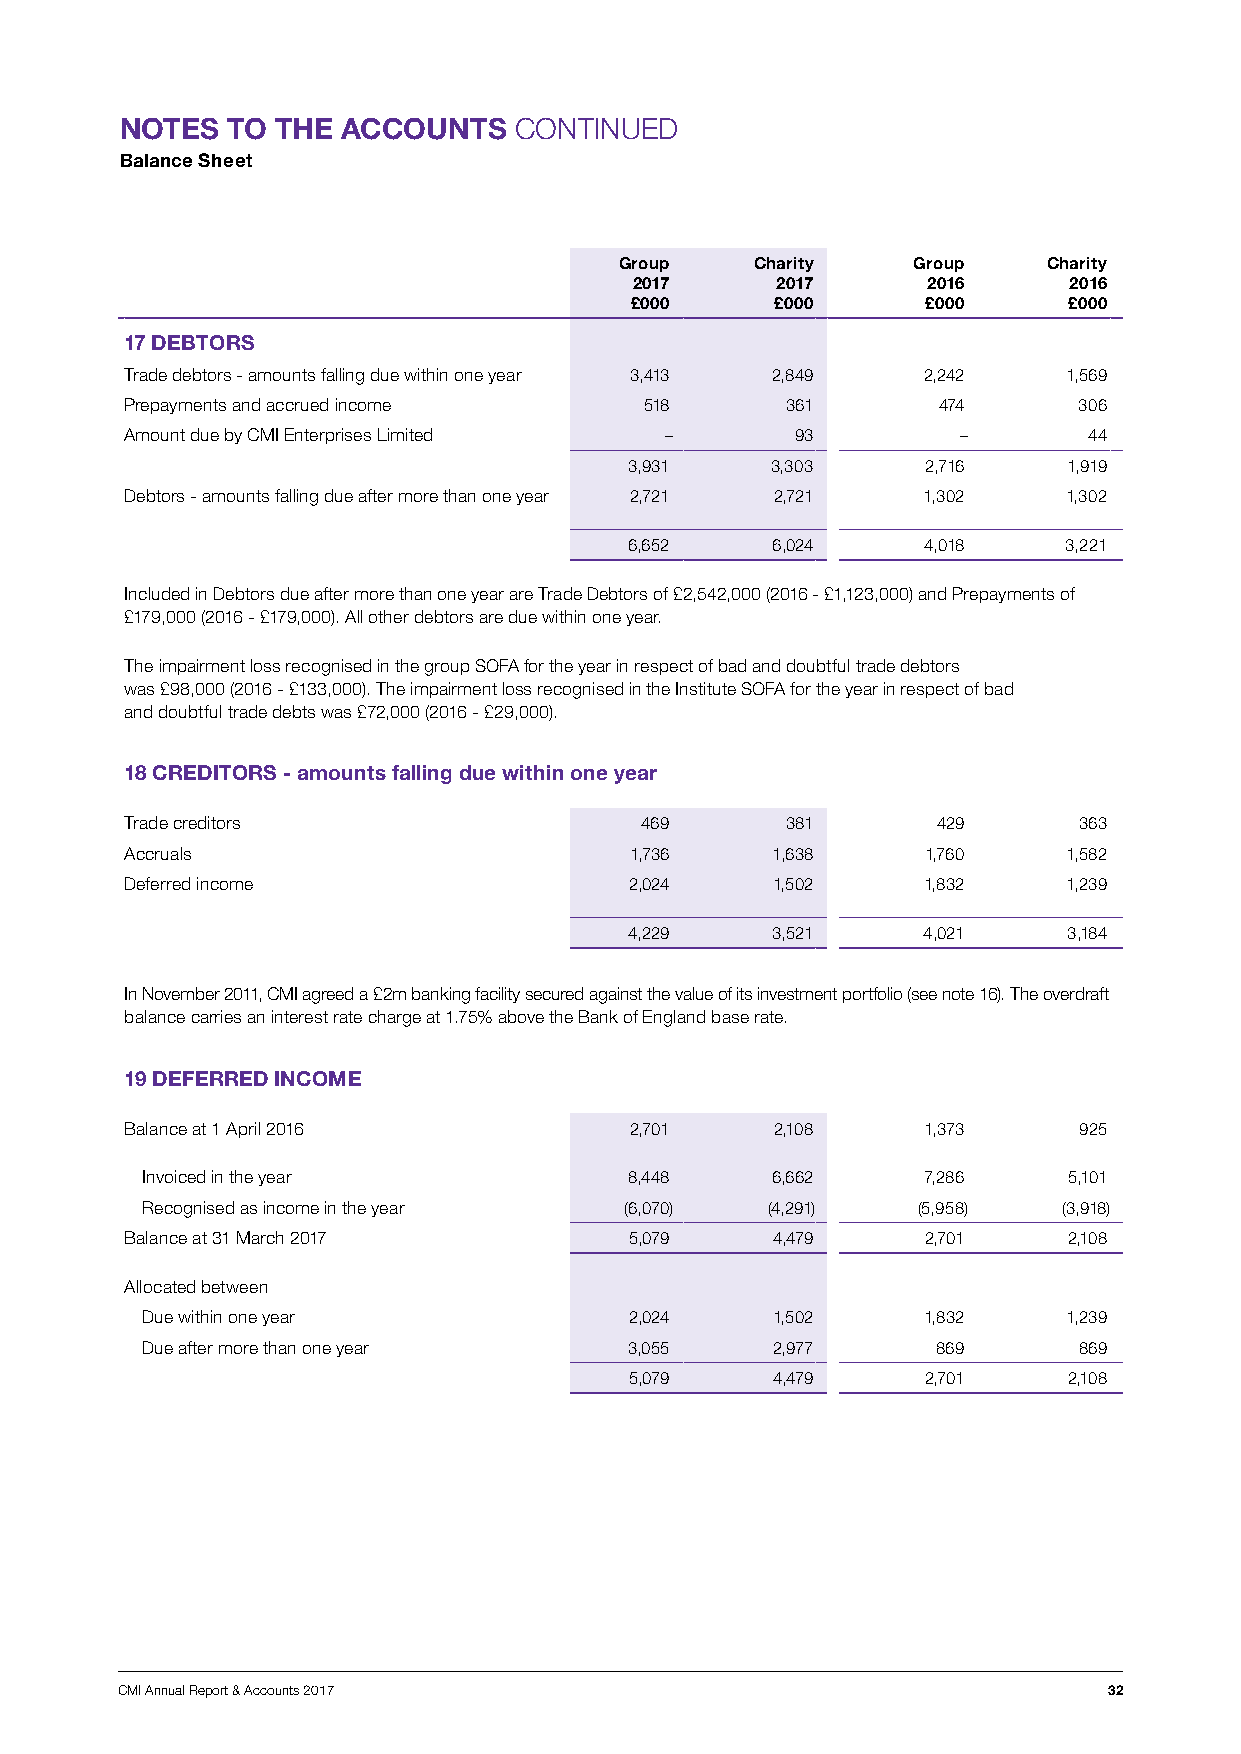
NOTES  TO THE  ACCOUNTS   CONTINUED
 Balance Sheet
 Group    Charity   Group    Charity
 2017     2017      2016      2016
 £000     £000      £000      £000
 17 DEBTORS
 Trade debtors - amounts falling due within one year 3,413 2,849 2,242 1,569
 Prepayments and accrued income     518      361       474      306
 Amount due by CMI Enterprises Limited –      93        –        44
 3,931    3,303     2,716     1,919
 Debtors - amounts falling due after more than one year 2,721 2,721 1,302 1,302
 6,652    6,024     4,018    3,221
 Included in Debtors due after more than one year are Trade Debtors of £2,542,000 (2016 - £1,123,000) and Prepayments of
 £179,000 (2016 - £179,000). All other debtors are due within one year.
 The impairment loss recognised in the group SOFA for the year in respect of bad and doubtful trade debtors
 was £98,000 (2016 - £133,000). The impairment loss recognised in the Institute SOFA for the year in respect of bad
 and doubtful trade debts was £72,000 (2016 - £29,000).
 18 CREDITORS - amounts falling due within one year
 Trade creditors                   469       381       429      363
 Accruals                          1,736    1,638     1,760     1,582
 Deferred income                   2,024    1,502     1,832     1,239
 4,229    3,521     4,021     3,184
 In November 2011, CMI agreed a £2m banking facility secured against the value of its investment portfolio (see note 16). The overdraft
 balance carries an interest rate charge at 1.75% above the Bank of England base rate.
 19 DEFERRED INCOME
 Balance at 1 April 2016           2,701    2,108     1,373     925
 Invoiced in the year             8,448    6,662     7,286     5,101
 Recognised as income in the year (6,070)  (4,291)   (5,958)  (3,918)
 Balance at 31 March 2017          5,079    4,479     2,701     2,108
 Allocated between
 Due within one year              2,024    1,502     1,832     1,239
 Due after more than one year     3,055    2,977      869      869
 5,079    4,479     2,701     2,108
 CMI Annual Report & Accounts 2017                                32